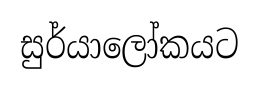
සුර්යාලෝකයට